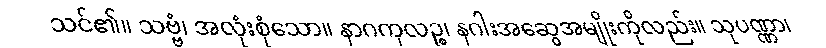
သင်၏။ သဗ္ဗံ၊ အလုံးစုံသော။ နာဂကုလဉ္စ၊ နဂါးအဆွေအမျိုးကိုလည်း။ သုပဏ္ဏာ၊